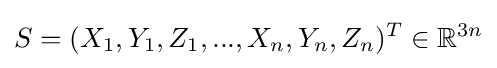
S=(X_{1},Y_{1},Z_{1},...,X_{n},Y_{n},Z_{n})^{T}\in \mathbb {R} ^{3n}